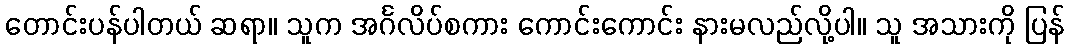
တောင်းပန်ပါတယ် ဆရာ။ သူက အင်္ဂလိပ်စကား ကောင်းကောင်း နားမလည်လို့ပါ။ သူ အသားကို ပြန်